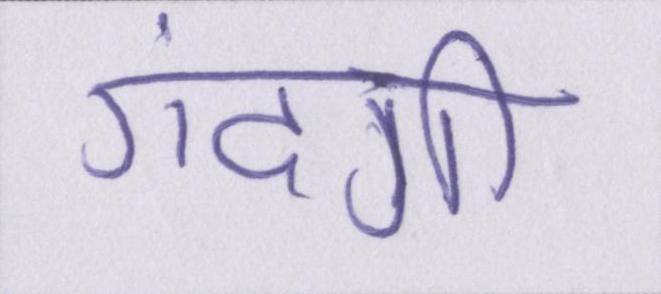
गंदगी